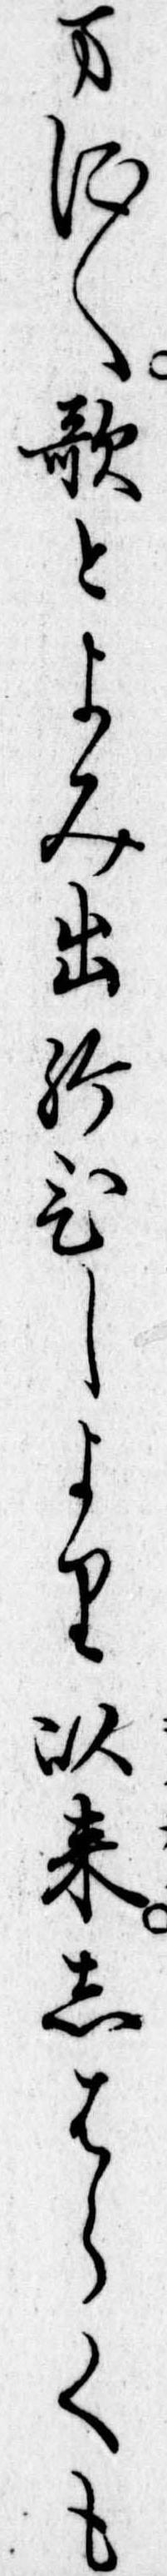
まに〱歌とよみ出給ひしより以来しはらくも